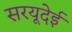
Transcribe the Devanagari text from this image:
सरयूदेई